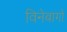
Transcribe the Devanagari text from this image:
विनेबागो